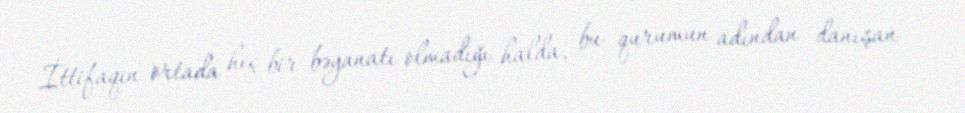
İttifaqın ortada heç bir bəyanatı olmadığı halda, bu qurumun adından danışan